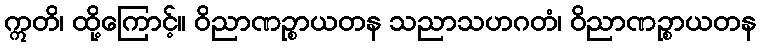
ဣတိ၊ ထို့ကြောင့်။ ဝိညာဏဉ္စာယတန သညာသဟဂတံ၊ ဝိညာဏဉ္စာယတန